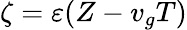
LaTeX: \zeta=\varepsilon(Z-v_{g}T)